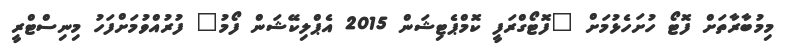
މިމުބާރާތަށް ފޮޓޯ ހުށަހެޅުމަށް "ފޮޓޯގްރަފީ ކޮމްޕެޓިޝަން 2015 އެޕްލިކޭޝަން ފޯމު" ފުރުއްވުމަށްފަހު މިނިސްޓްރީ